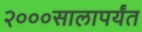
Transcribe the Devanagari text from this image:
२०००सालापर्यंत